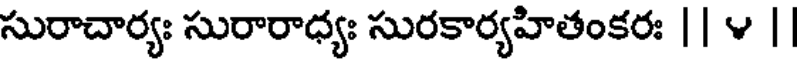
సురాచార్యః సురారాధ్యః సురకార్యహితంకరః || v ||